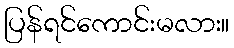
ပြန်ရင်ကောင်းမလား။